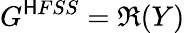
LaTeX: G^{\mathsf{H}FSS}=\Re(Y)